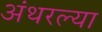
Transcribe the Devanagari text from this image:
अंथरल्या